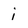
Character: i